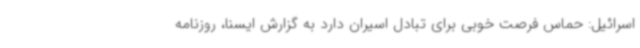
اسرائیل: حماس فرصت خوبی برای تبادل اسیران دارد به گزارش ایسنا، روزنامه